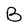
Character: B